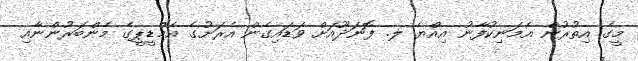
މީގެ އިތުރުން އެމަނިކުފާނު އިއްޔެ ލ. ފޮނަދޫއަށް ވަޑައިގެން އެރަށުގެ އެމްޑީޕީގެ މެންބަރުންނާއި